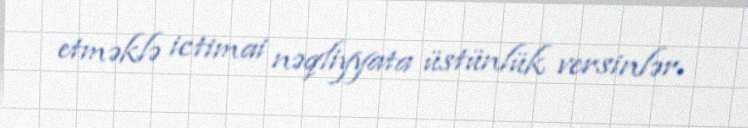
etməklə ictimai nəqliyyata üstünlük versinlər.